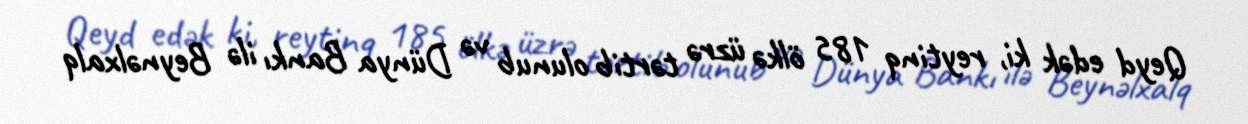
Qeyd edək ki, reytinq 185 ölkə üzrə tərtib olunub və Dünya Bankı ilə Beynəlxalq